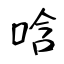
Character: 唅